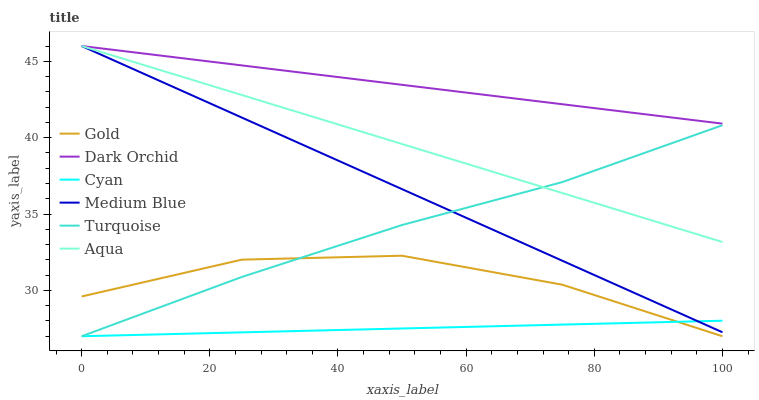
| xaxis_label | Gold | Dark Orchid | Cyan | Medium Blue | Turquoise | Aqua |
 | --- | --- | --- | --- | --- | --- | --- |
 | 0 | 29.6 | 46 | 27 | 46 | 27 | 46 |
 | 25 | 32 | 44.7 | 27.3 | 41.3 | 30.9 | 42.8 |
 | 50 | 32.3 | 43.5 | 27.5 | 36.6 | 34.3 | 39.6 |
 | 75 | 30.4 | 42.2 | 27.8 | 31.9 | 37.1 | 36.4 |
 | 100 | 27 | 40.9 | 28 | 27.3 | 40.8 | 33.2 |